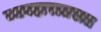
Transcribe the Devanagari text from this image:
व्यवहारातरात